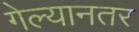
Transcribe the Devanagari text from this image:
गेल्यानतर